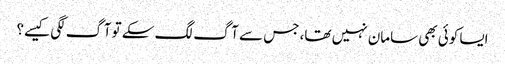
ایسا کوئی بھی سامان نہیں تھا، جس سے آگ لگ سکے تو آگ لگی کیسے؟